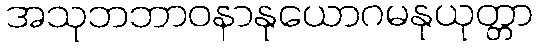
အသုဘဘာဝနာနုယောဂမနုယုတ္တာ